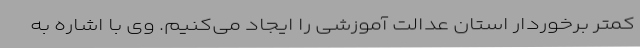
کمتر برخوردار استان عدالت آموزشی را ایجاد می‌کنیم. وی با اشاره به